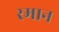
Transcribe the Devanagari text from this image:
रमान